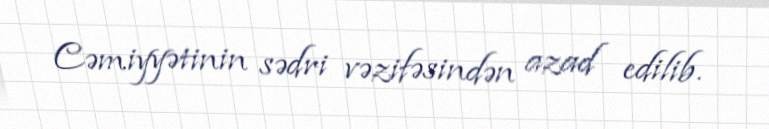
Cəmiyyətinin sədri vəzifəsindən azad edilib.